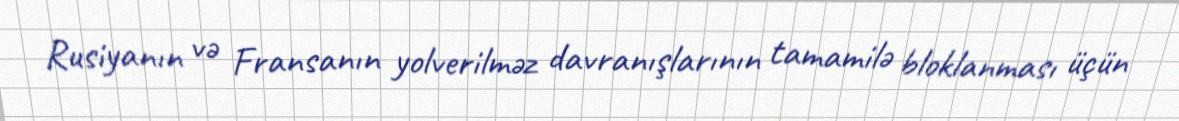
Rusiyanın və Fransanın yolverilməz davranışlarının tamamilə bloklanması üçün